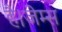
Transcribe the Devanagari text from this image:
है।जेम्स